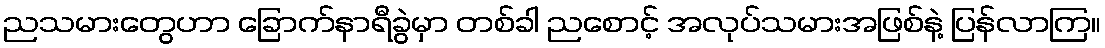
ညသမားတွေဟာ ခြောက်နာရီခွဲမှာ တစ်ခါ ညစောင့် အလုပ်သမားအဖြစ်နဲ့ ပြန်လာကြ။